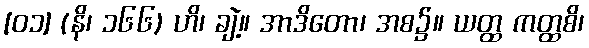
[၀၁] (နိ၊ ၁၆၆) ဟိ၊ ချဲ့။ အာဒိတော၊ အစ၌။ ယတ္ထ ကတ္ထစိ၊